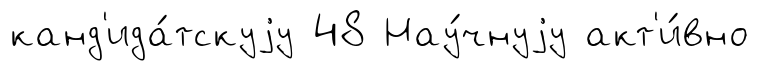
канд'ида́тскуjу 48 Нау́чнуjу акт'и́вно